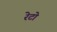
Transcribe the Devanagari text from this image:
रेटो